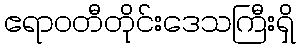
ဧရာဝတီတိုင်းဒေသကြီးရှိ